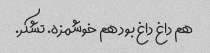
هم داغ داغ بود هم خوشمزه. تشکر.